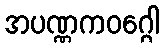
အပဏ္ဏကဝဂ္ဂေါ